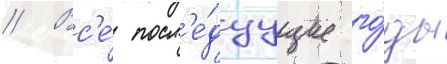
// Вс'е́ посл'е́дуущие го́ды